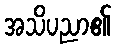
အသိပညာ၏